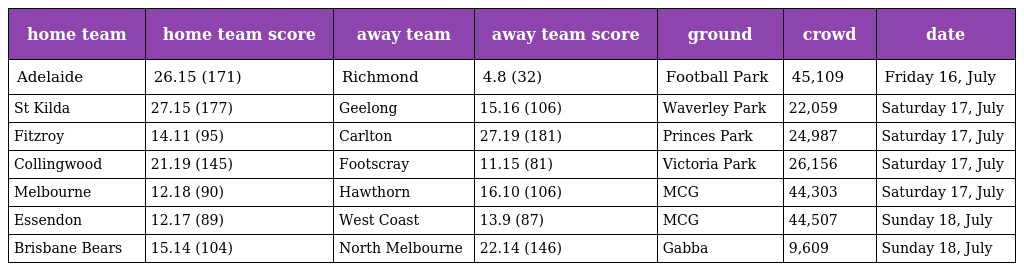
| home team | home team score | away team | away team score | ground | crowd | date |
 | --- | --- | --- | --- | --- | --- | --- |
 | Adelaide | 26.15 (171) | Richmond | 4.8 (32) | Football Park | 45,109 | Friday 16, July |
 | St Kilda | 27.15 (177) | Geelong | 15.16 (106) | Waverley Park | 22,059 | Saturday 17, July |
 | Fitzroy | 14.11 (95) | Carlton | 27.19 (181) | Princes Park | 24,987 | Saturday 17, July |
 | Collingwood | 21.19 (145) | Footscray | 11.15 (81) | Victoria Park | 26,156 | Saturday 17, July |
 | Melbourne | 12.18 (90) | Hawthorn | 16.10 (106) | MCG | 44,303 | Saturday 17, July |
 | Essendon | 12.17 (89) | West Coast | 13.9 (87) | MCG | 44,507 | Sunday 18, July |
 | Brisbane Bears | 15.14 (104) | North Melbourne | 22.14 (146) | Gabba | 9,609 | Sunday 18, July |